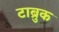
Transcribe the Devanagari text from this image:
टाब्रुक